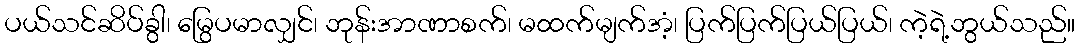
ပယ်သင်ဆိပ်ခွါ၊ မြွေပမာလျှင်၊ ဘုန်းအာဏာစက်၊ မထက်မျက်အံ့၊ ပြက်ပြက်ပြယ်ပြယ်၊ ကဲ့ရဲ့ဘွယ်သည်။